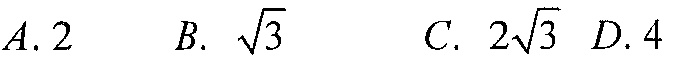
\(A.2\)  \(B.\ \sqrt{3}\)  \(C.\ 2\sqrt{3}\) \(D.4\)